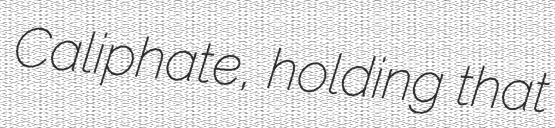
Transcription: Caliphate, holding that